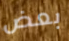
بعض